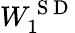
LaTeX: W_{1}^{\mathrm{~S~D~}}